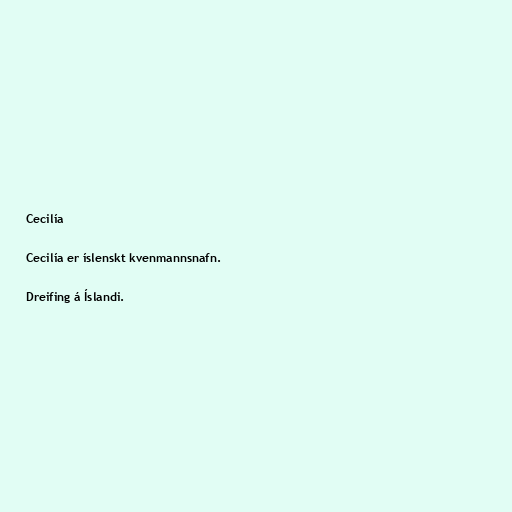
Cecilía

Cecilía er íslenskt kvenmannsnafn.

Dreifing á Íslandi.